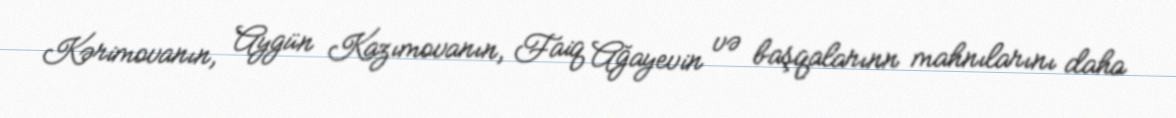
Kərimovanın, Aygün Kazımovanın, Faiq Ağayevin və başqalarınn mahnılarını daha